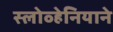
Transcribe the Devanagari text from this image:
स्लोव्हेनियाने